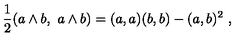
{ \frac { 1 } { 2 } } ( a \wedge b , \ a \wedge b ) = ( a , a ) ( b , b ) - ( a , b ) ^ { 2 } \ ,